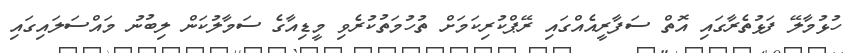
ހުޅުމާލޭ ފަޅުތެރާގައި އޮތް ސަފާރީއެއްގައި ރޭޕްކުރިކަމަށް ތުހުމަތުކުރެވި މީޑިއާގެ ސަމާލުކަން ލިބުނު މައްސަލައިގައި